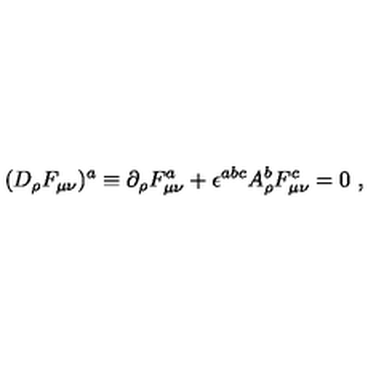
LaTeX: ( D _ { \rho } F _ { \mu \nu } ) ^ { a } \equiv \partial _ { \rho } F _ { \mu \nu } ^ { a } + \epsilon ^ { a b c } A _ { \rho } ^ { b } F _ { \mu \nu } ^ { c } = 0 \ ,